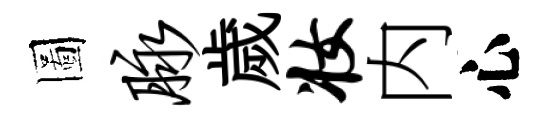
圖脉歲妆内心